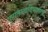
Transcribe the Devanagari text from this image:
पुरातत्त्वविभागाचे